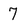
Character: 7